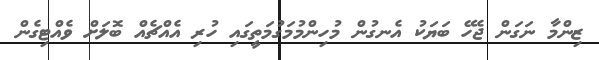
ޒިންމާ ނަގަން ޖެހޭ ބަޔަކު އެނގުން މުހިންމުމަގުމަތީގައި ހުރި އެއްޗެއް ބޮލަށް ވެއްޓިގެން